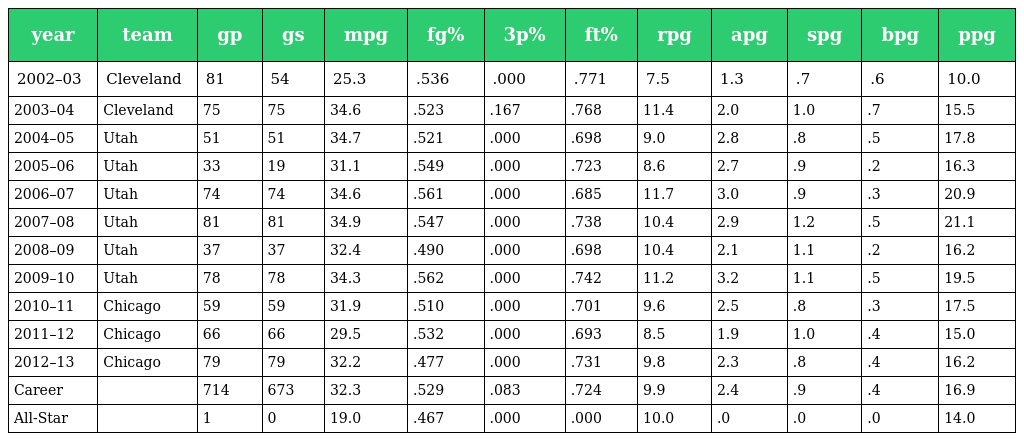
| year | team | gp | gs | mpg | fg% | 3p% | ft% | rpg | apg | spg | bpg | ppg |
 | --- | --- | --- | --- | --- | --- | --- | --- | --- | --- | --- | --- | --- |
 | 2002–03 | Cleveland | 81 | 54 | 25.3 | .536 | .000 | .771 | 7.5 | 1.3 | .7 | .6 | 10.0 |
 | 2003–04 | Cleveland | 75 | 75 | 34.6 | .523 | .167 | .768 | 11.4 | 2.0 | 1.0 | .7 | 15.5 |
 | 2004–05 | Utah | 51 | 51 | 34.7 | .521 | .000 | .698 | 9.0 | 2.8 | .8 | .5 | 17.8 |
 | 2005–06 | Utah | 33 | 19 | 31.1 | .549 | .000 | .723 | 8.6 | 2.7 | .9 | .2 | 16.3 |
 | 2006–07 | Utah | 74 | 74 | 34.6 | .561 | .000 | .685 | 11.7 | 3.0 | .9 | .3 | 20.9 |
 | 2007–08 | Utah | 81 | 81 | 34.9 | .547 | .000 | .738 | 10.4 | 2.9 | 1.2 | .5 | 21.1 |
 | 2008–09 | Utah | 37 | 37 | 32.4 | .490 | .000 | .698 | 10.4 | 2.1 | 1.1 | .2 | 16.2 |
 | 2009–10 | Utah | 78 | 78 | 34.3 | .562 | .000 | .742 | 11.2 | 3.2 | 1.1 | .5 | 19.5 |
 | 2010–11 | Chicago | 59 | 59 | 31.9 | .510 | .000 | .701 | 9.6 | 2.5 | .8 | .3 | 17.5 |
 | 2011–12 | Chicago | 66 | 66 | 29.5 | .532 | .000 | .693 | 8.5 | 1.9 | 1.0 | .4 | 15.0 |
 | 2012–13 | Chicago | 79 | 79 | 32.2 | .477 | .000 | .731 | 9.8 | 2.3 | .8 | .4 | 16.2 |
 | Career |  | 714 | 673 | 32.3 | .529 | .083 | .724 | 9.9 | 2.4 | .9 | .4 | 16.9 |
 | All-Star |  | 1 | 0 | 19.0 | .467 | .000 | .000 | 10.0 | .0 | .0 | .0 | 14.0 |